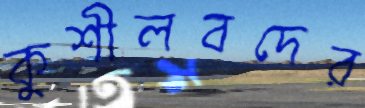
কুশীলবদের